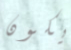
يكون